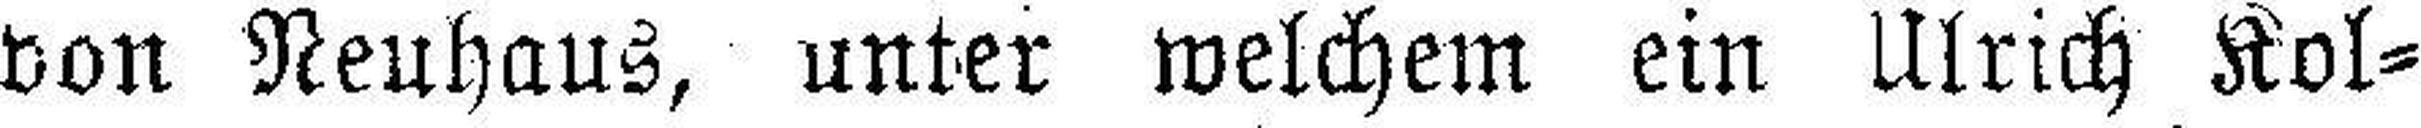
von Neuhaus, unter welchem ein Ulrich Kol¬